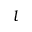
l